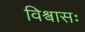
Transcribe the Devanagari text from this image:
विश्वासः